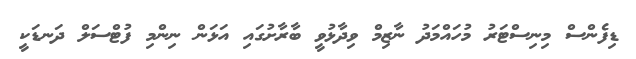
ޑިފެންސް މިނިސްޓަރު މުހައްމަދު ނާޒިމް ވިދާޅުވީ ބާރާށުގައި އަޅަން ނިންމި ފުޓްސަލް ދަނޑަކީ